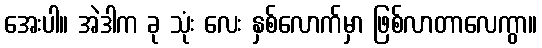
အေးပါ။ အဲဒါက ခု သုံး လေး နှစ်လောက်မှာ ဖြစ်လာတာလေကွာ။